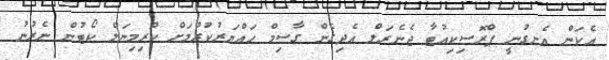
އެކަން އެނގުނީ ޕްރޮސިކިއުޓާ ޖެނެރަލް އެދިގެން ގާސިމް ހައްޔަރުކުރުމަށް ކްރިމިނަލް ކޯޓުން ނެރުނު